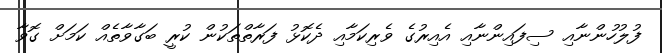
ފުލުހުންނާއި ސިފައިންނާއި އެއިރުގެ ވެރިކަމާއި ދެކޮޅު ފަރާތްތަކުން ކުރީ ބަގާވާތެއް ކަމަށް ގޮވާ